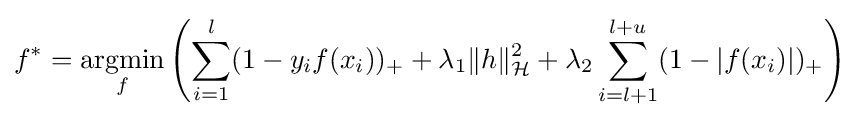
f^{*}={\underset {f}{\operatorname {argmin} }}\left(\displaystyle \sum _{i=1}^{l}(1-y_{i}f(x_{i}))_{+}+\lambda _{1}\|h\|_{\mathcal {H}}^{2}+\lambda _{2}\sum _{i=l+1}^{l+u}(1-|f(x_{i})|)_{+}\right)